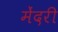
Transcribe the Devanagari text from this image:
मेंदरी